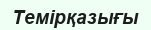
Темірқазығы